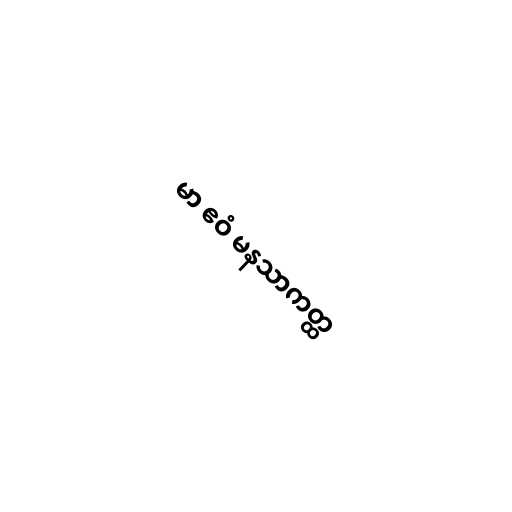
မာ ဧဝံ မနသာကတ္ထ